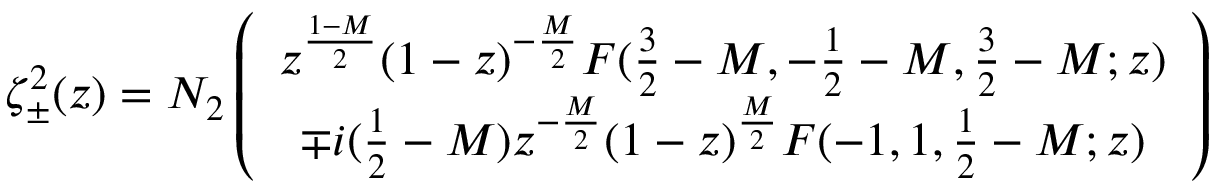
\zeta _ { \pm } ^ { 2 } ( z ) = N _ { 2 } \left( \begin{array} { c } { { z ^ { \frac { 1 - M } { 2 } } ( 1 - z ) ^ { - \frac { M } { 2 } } F ( \frac { 3 } { 2 } - M , - \frac { 1 } { 2 } - M , \frac { 3 } { 2 } - M ; z ) } } \\ { { \mp i ( \frac { 1 } { 2 } - M ) z ^ { - \frac { M } { 2 } } ( 1 - z ) ^ { \frac { M } { 2 } } F ( - 1 , 1 , \frac { 1 } { 2 } - M ; z ) } } \end{array} \right)